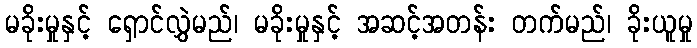
မခိုးမှုနှင့် ရှောင်လွှဲမည်၊ မခိုးမှုနှင့် အဆင့်အတန်း တက်မည်၊ ခိုးယူမှု